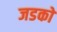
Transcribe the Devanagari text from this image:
जडको